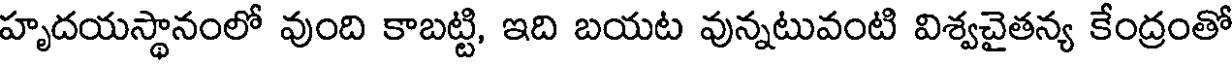
హృదయస్థానంలో వుంది కాబట్టి, ఇది బయట వున్నటువంటి విశ్వచైతన్య కేంద్రంతో